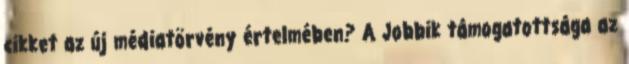
cikket az új médiatörvény értelmében? A Jobbik támogatottsága az